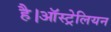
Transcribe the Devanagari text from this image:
है।ऑस्ट्रेलियन